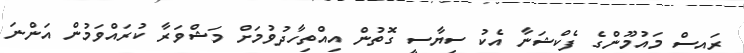
ރައީސް މައުމޫންގެ ފެކްޝަނާ އެކު ސިޔާސީ ގޮތުން އިއްތިހާދުވުމަށް މަޝްވަރާ ކުރައްވަމުން އަންނަ